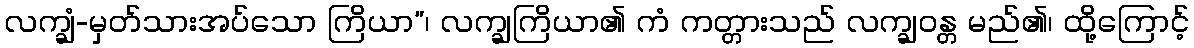
လက္ချံ-မှတ်သားအပ်သော ကြိယာ”၊ လက္ချကြိယာ၏ ကံ ကတ္တားသည် လက္ချဝန္တ မည်၏၊ ထို့ကြောင့်